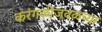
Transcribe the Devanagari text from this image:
करंगळीजवळच्या